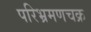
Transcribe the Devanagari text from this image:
परिभ्रमणचक्र